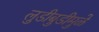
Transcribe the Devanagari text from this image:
लुडीबुडीमुळे